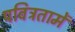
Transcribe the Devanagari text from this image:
पवित्रतामें